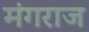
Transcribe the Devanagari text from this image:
मंगराज